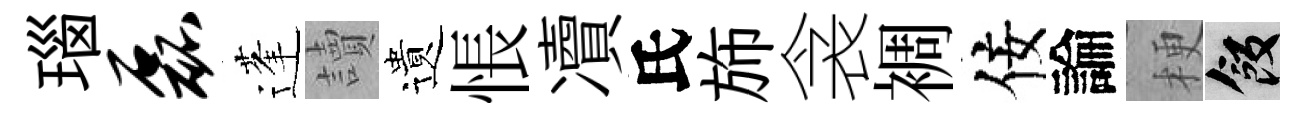
瑙磊蓬讀遺悵凟氏斾衾裯佞論梗飯